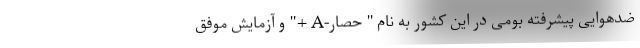
ضدهوایی پیشرفته بومی در این کشور به نام " حصار-A +" و آزمایش موفق